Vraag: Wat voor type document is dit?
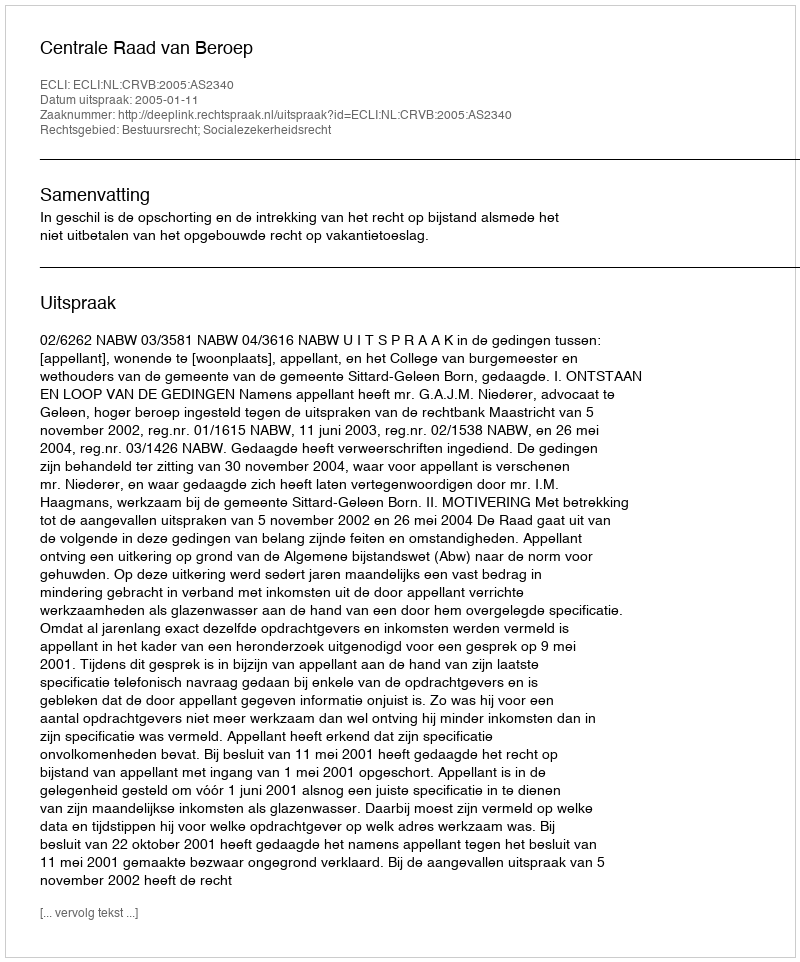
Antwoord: Uitspraak